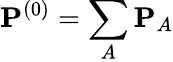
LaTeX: {\mathbf P}^{(0)}=\sum_{A}{\mathbf P}_{A}